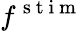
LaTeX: f^{\mathrm{~s~t~i~m~}}